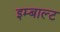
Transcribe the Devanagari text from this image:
इम्बाल्ट